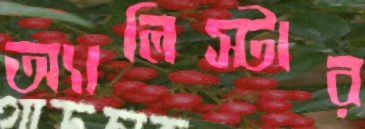
অ্যালিস্টার